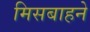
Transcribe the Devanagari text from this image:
मिसबाहने